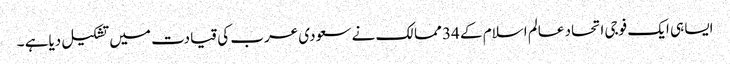
ایسا ہی ایک فوجی اتحاد عالم اسلام کے 34 ممالک نے سعودی عرب کی قیادت میں تشکیل دیاہے ۔